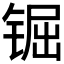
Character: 𨱊